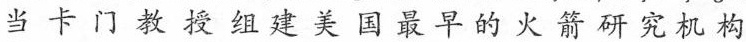
当 卡 门 教 授组 建美 国 最 早 的 火 箭 研 究 机 构